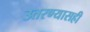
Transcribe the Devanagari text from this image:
उतरण्यासही